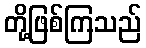
တို့ဖြစ်ကြသည်